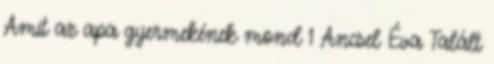
Amit az apa gyermekének mond 1 Ancsel Éva Talált